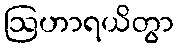
ဩဟာရယိတွာ